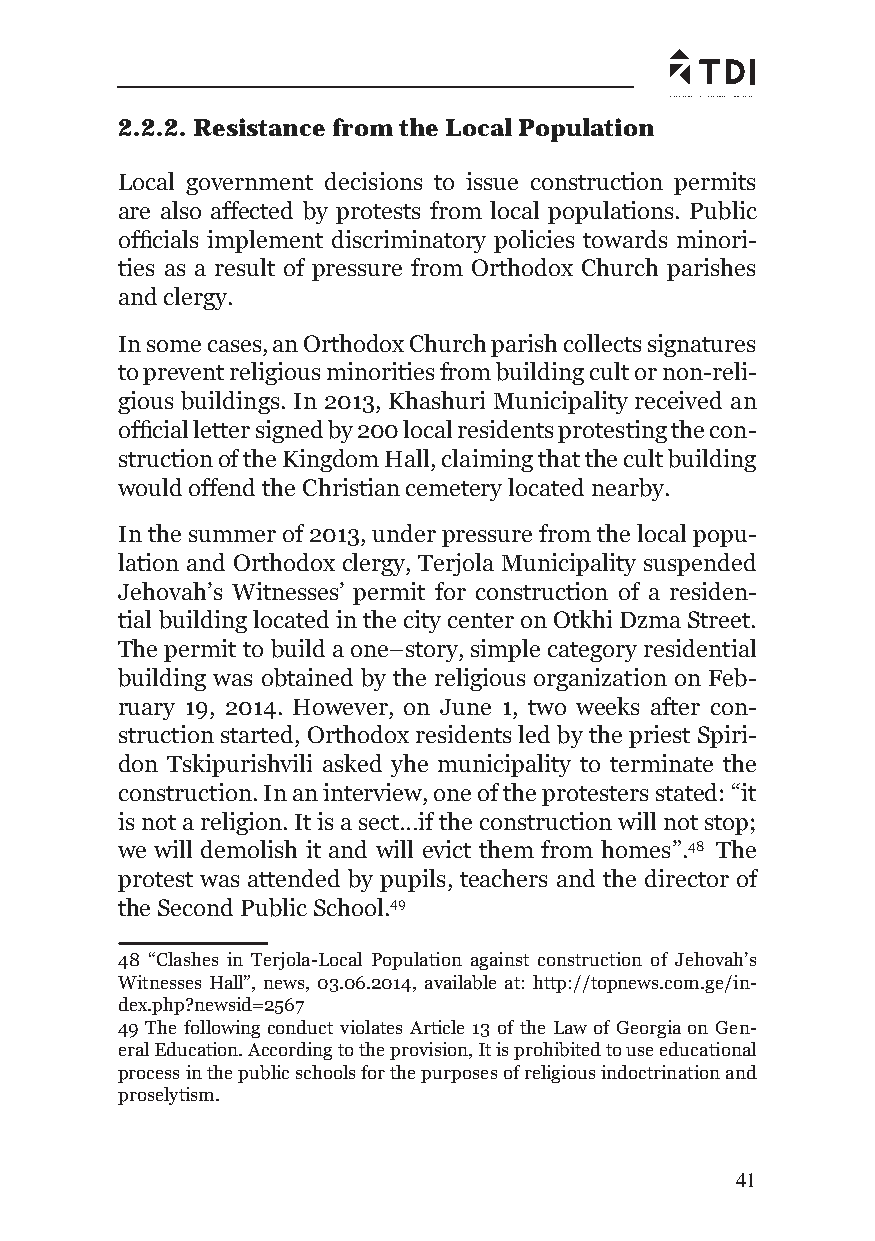
2.2.2. Resistance from the Local Population
 Local government decisions to issue construction permits
 are also affected by protests from local populations. Public
 offi cials implement discriminatory policies towards minori-
 ties as a result of pressure from Orthodox Church parishes
 and clergy.
 In some cases, an Orthodox Church parish collects signatures
 to prevent religious minorities from building cult or non-reli-
 gious buildings. In 2013, Khashuri Municipality received an
 offi cial letter signed by 200 local residents protesting the con-
 struction of the Kingdom Hall, claiming that the cult building
 would offend the Christian cemetery located nearby.
 In the summer of 2013, under pressure from the local popu-
 lation and Orthodox clergy, Terjola Municipality suspended
 Jehovah’s Witnesses’ permit for construction of a residen-
 tial building located in the city center on Otkhi Dzma Street.
 The permit to build a one–story, simple category residential
 building was obtained by the religious organization on Feb-
 ruary 19, 2014. However, on June 1, two weeks after con-
 struction started, Orthodox residents led by the priest Spiri-
 don Tskipurishvili asked yhe municipality to terminate the
 construction. In an interview, one of the protesters stated: “it
 is not a religion. It is a sect…if the construction will not stop;
 we will demolish it and will evict them from homes”.48 The
 protest was attended by pupils, teachers and the director of
 the Second Public School.49
 48 “Clashes in Terjola-Local Population against construction of Jehovah’s
 Witnesses Hall”, news, 03.06.2014, available at: http://topnews.com.ge/in-
 dex.php?newsid=2567
 49 The following conduct violates Article 13 of the Law of Georgia on Gen-
 eral Education. According to the provision, It is prohibited to use educational
 process in the public schools for the purposes of religious indoctrination and
 proselytism.
 41